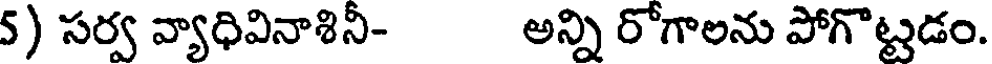
5) సర్వ వ్యాధివినాశినీ- అన్ని రోగాలను పోగొట్టడం.